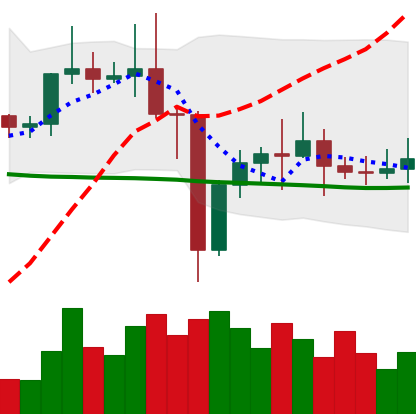
Ticker: ETC-USD
Chart end date: 2021-01-02
Forward return: 24.77%
Label: up_7plus